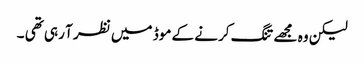
لیکن وہ مجھے تنگ کرنے کے موڈ میں نظر آ رہی تھی ۔